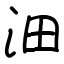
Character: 沺